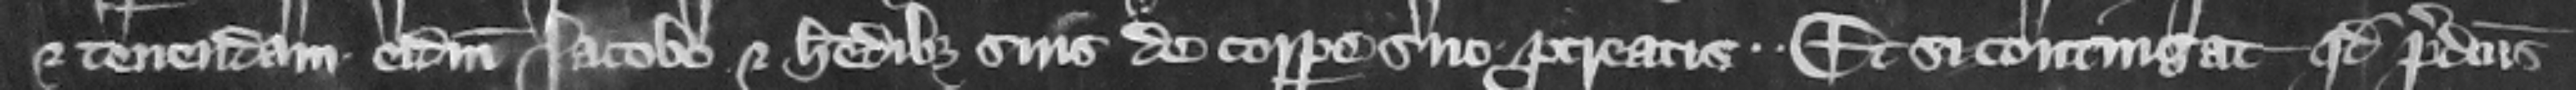
et tenendam eidem Iacobo et heredibus suis de corpore suo procreatis et si contingat quod predictus